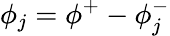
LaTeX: \phi_{j}=\phi^{+}-\phi_{j}^{-}